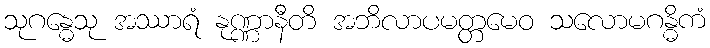
သုဂန္ဓေသု အဿာရံ နုဏ္ဏာနီတိ အဘိလာပမတ္တမေဝ သလောမဂန္ဓိကံ